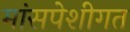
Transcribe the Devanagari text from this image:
मांसपेशीगत